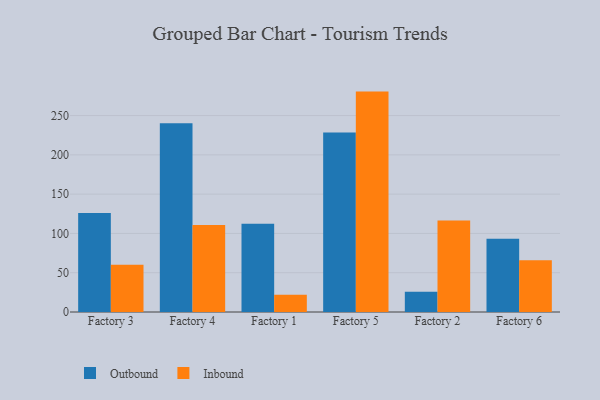
{"axis": {"x": "Factory", "y": "Temperature (°C)"}, "legend": ["Inbound", "Outbound"], "data": [{"x": "Factory 3", "y": 126.0, "type": "Outbound"}, {"x": "Factory 3", "y": 60.0, "type": "Inbound"}, {"x": "Factory 4", "y": 240.3, "type": "Outbound"}, {"x": "Factory 4", "y": 110.6, "type": "Inbound"}, {"x": "Factory 1", "y": 112.4, "type": "Outbound"}, {"x": "Factory 1", "y": 21.8, "type": "Inbound"}, {"x": "Factory 5", "y": 228.3, "type": "Outbound"}, {"x": "Factory 5", "y": 280.5, "type": "Inbound"}, {"x": "Factory 2", "y": 25.8, "type": "Outbound"}, {"x": "Factory 2", "y": 116.6, "type": "Inbound"}, {"x": "Factory 6", "y": 93.2, "type": "Outbound"}, {"x": "Factory 6", "y": 66.0, "type": "Inbound"}]}